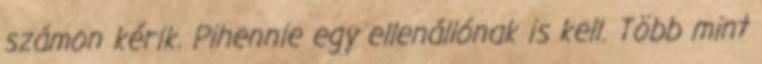
számon kérik. Pihennie egy ellenállónak is kell. Több mint